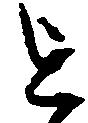
を